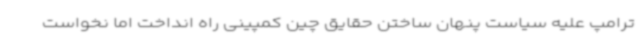
ترامپ علیه سیاست پنهان ساختن حقایق چین کمپینی راه انداخت اما نخواست